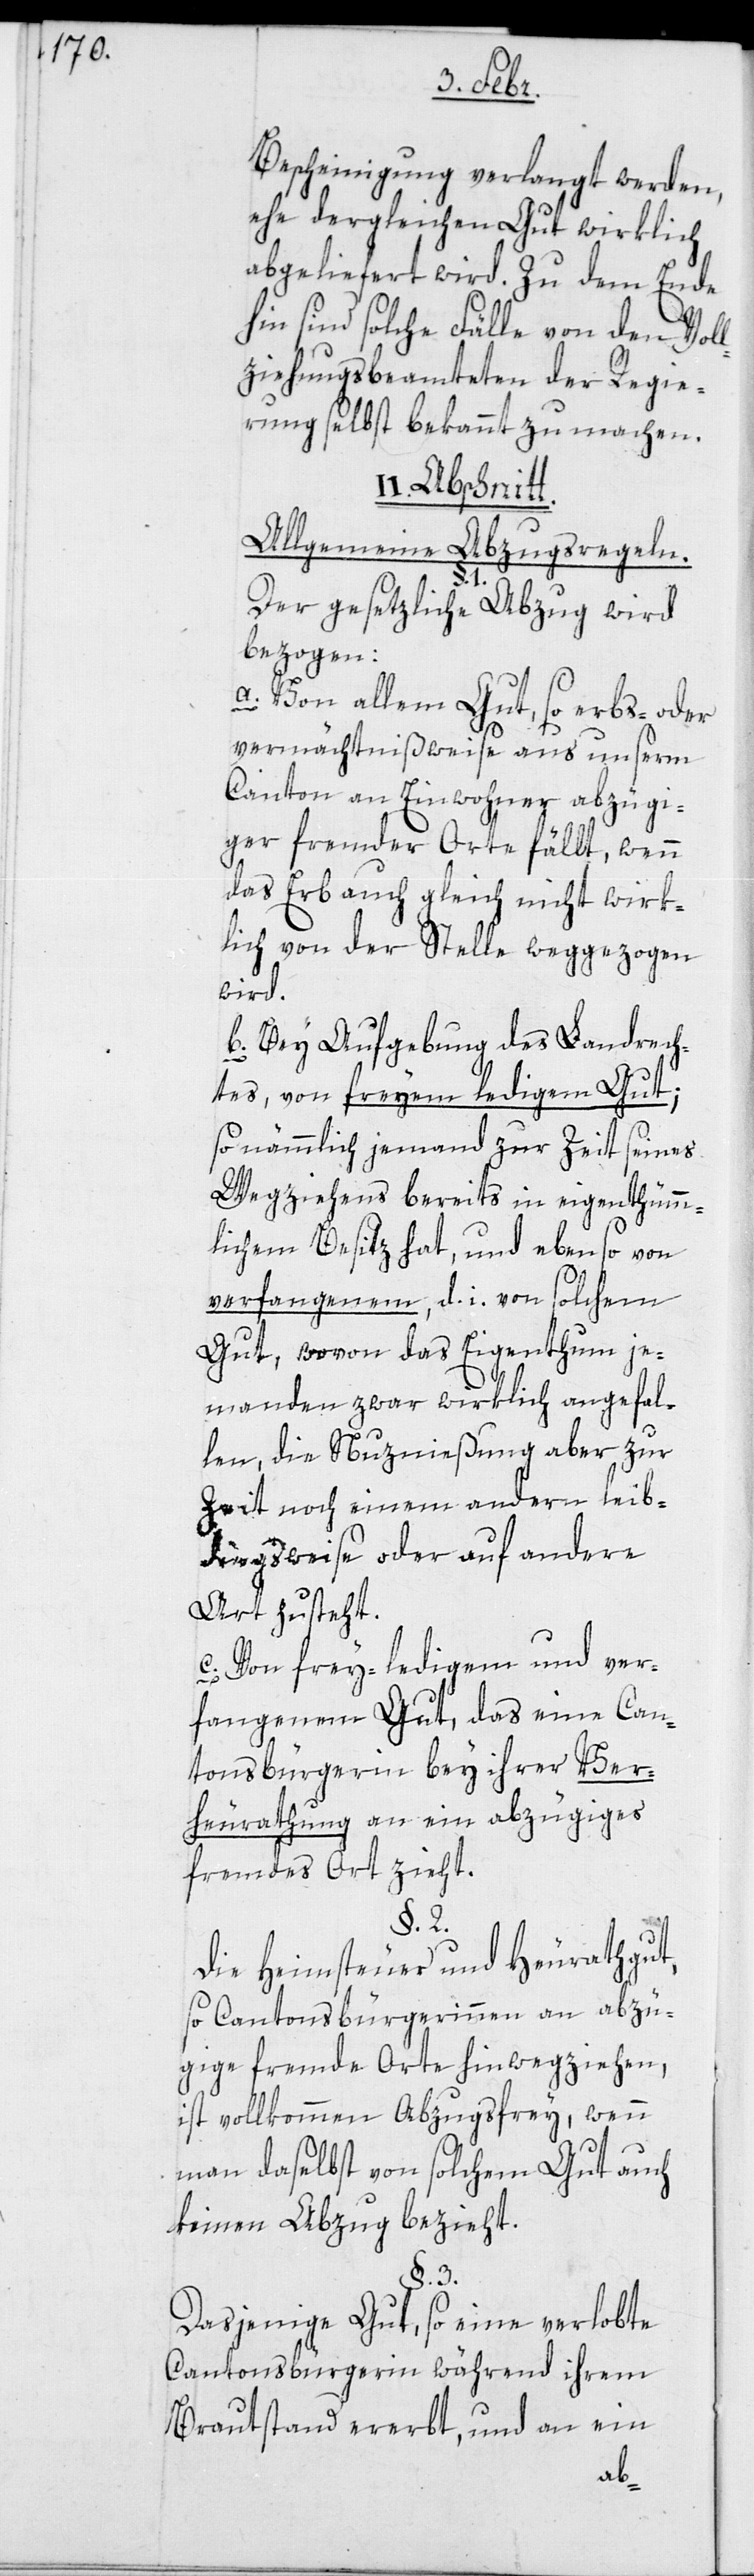
I¬
Bescheinigung verlangt werden,
ehe dergleichen Gut wirklich
abgeliefert wird. Zu dem Ende
hin sind solche Fälle von den Voll¬
ziehungsbeamteten der Regie¬
rung selbst bekannt zu machen.
I. Abschnitt.
Allgemeine Abzugsregeln.
Der gesetzliche Abzug wird
bezogen:
a. Von allem Gut, so erbs- oder
vermächtnißweise aus unserm
Canton an Einwohner abzügi¬
ger fremder Orte fällt, wenn
das Erb auch gleich nicht wirk¬
lich von der Stelle weggezogen
wird.
b. bey Aufgebung des Landrech¬
tes, von freyem ledigen Gut;
so nämlich jemand zur Zeit seines
Wegziehens bereits in eigenthüm¬
lichem Besitz hat, und ebenso von
verfangenem, d.i. von solchem
Gut, wovon das Eigenthum je¬
manden zwar wirklich angefal¬
len, die Nutznießung aber zur
Zeit noch einem andern leib¬
dingsweise oder auf andere
Art zusteht.
c. Von frey-ledigem und ver¬
fangenem Gut, das eine Can¬
tonsbürgerin bey ihrer Ver¬
heirathung an ein abzügiges
fremdes Ort zieht.
§. 2.
Die Heimsteuer und Heurathgut,
so Cantonsbürgerinnen an abzü¬
gige fremde Orte hinwegziehen,
ist vollkommen Abzugsfrei, wenn
man daselbst von solchem Gut auch
keinen Abzug bezieht.
§. 3.
Dasjenige Gut, so eine verlobte
Cantonsbürgerin während ihrem
Brautstand ererbt, und an ein